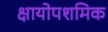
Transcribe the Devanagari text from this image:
क्षायोपशमिक